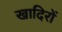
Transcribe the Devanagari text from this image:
खादिरों